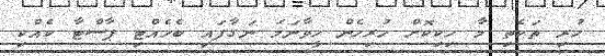
ހުރި ތަކެތި މާ ހިކިކޮށް ހުރިހެން ހީވާނަމަ ނަގާފައި ބެހެއްޓި ޕާސްޓާ ކެއްކި